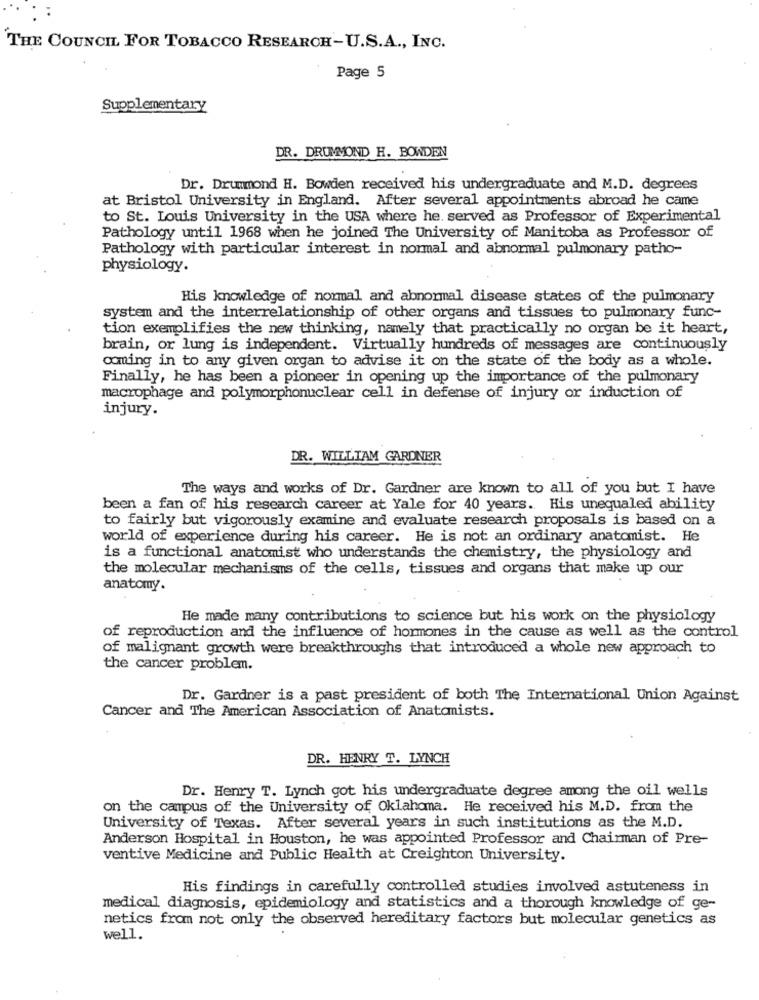
THE COUNCIL FOR TOBACCO RESEARCH-U.S.A ., INC.
Page 5
Supplementary
DR. DRUMMOND H. BOWDEN
Dr. Drummond H. Bowden received his undergraduate and M.D. degrees
at Bristol University in England. After several appointments abroad he came
to St. Louis University in the USA where he. served as Professor of Experimental
Pathology until 1968 when he joined The University of Manitoba as Professor of
Pathology with particular interest in normal and abnormal pulmonary patho-
physiology.
His knowledge of normal and abnormal disease states of the pulmonary
system and the interrelationship of other organs and tissues to pulmonary func-
tion exemplifies the new thinking, namely that practically no organ be it heart,
brain, or lung is independent. Virtually hundreds of messages are continuously
coming in to any given organ to advise it on the state of the body as a whole.
Finally, he has been a pioneer in opening up the importance of the pulmonary
macrophage and polymorphonuclear cell in defense of injury or induction of
injury.
DR. WILLIAM GARDNER
The ways and works of Dr. Gardner are known to all of you but I have
been a fan of his research career at Yale for 40 years. His unequaled ability
to fairly but vigorously examine and evaluate research proposals is based on a
world of experience during his career. He is not an ordinary anatomist. He
is a functional anatomist who understands the chemistry, the physiology and
the molecular mechanisms of the cells, tissues and organs that make up our
anatomy.
He made many contributions to science but his work on the physiology
of reproduction and the influence of hormones in the cause as well as the control
of malignant growth were breakthroughs that introduced a whole new approach to
the cancer problem.
Dr. Gardner is a past president of both The International Union Against
Cancer and The American Association of Anatomists.
DR. HENRY T. LYNCH
Dr. Henry T. Lynch got his undergraduate degree among the oil wells
on the campus of the University of Oklahoma. He received his M.D. from the
University of Texas. After several years in such institutions as the M.D.
Anderson Hospital in Houston, he was appointed Professor and Chairman of Pre-
ventive Medicine and Public Health at Creighton University.
His findings in carefully controlled studies involved astuteness in
medical diagnosis, epidemiology and statistics and a thorough knowledge of ge-
netics from not only the observed hereditary factors but molecular genetics as
well.